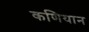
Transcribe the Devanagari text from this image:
कणियान